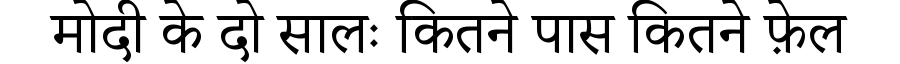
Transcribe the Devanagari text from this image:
मोदी के दो सालः कितने पास कितने फ़ेल